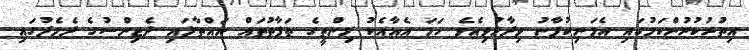
އިތުރުކުރުންކަމުގައި އެމަނިކުފާނު ވިދާޅުވިއެވެ. ހަމަ އެއާއެކު މިންތީގެ ތަފާތުތައް ނައްތާލައި ދެޖިންސުގެ ދެމެދުގައި